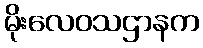
မိုးလေဝသဌာနက